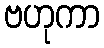
ဗဟုကာ